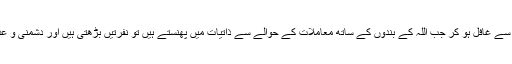
ہم اللہ کے احساس سے غافل ہو کر جب اللہ کے بندوں کے ساتھ معاملات کے حوالے سے ذاتیات میں پھنستے ہیں تو نفرتیں بڑھتی ہیں اور دشمنی و عداوت جنم لیتی ہے۔